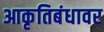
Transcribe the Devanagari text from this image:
आकृतिबंधावर